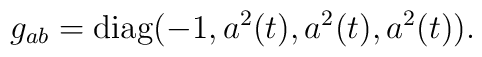
g_{ab} = {\rm diag}(-1,a^2(t),a^2(t),a^2(t)).